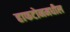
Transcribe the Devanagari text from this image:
हाफटोनमधील